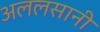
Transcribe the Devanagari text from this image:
अललसानी